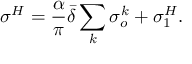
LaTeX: \sigma ^ { H } = \frac { \alpha } { \pi } \bar { \delta } \sum _ { k } \sigma _ { o } ^ { k } + \sigma _ { 1 } ^ { H } .